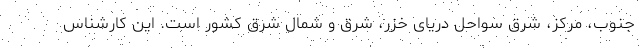
جنوب، مرکز، شرق سواحل دریای خزر، شرق و شمال شرق کشور است. این کارشناس